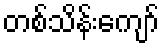
တစ်သိန်းကျော်